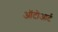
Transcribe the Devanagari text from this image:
ऑटोआर्ट